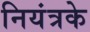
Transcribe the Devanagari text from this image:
नियंत्रके